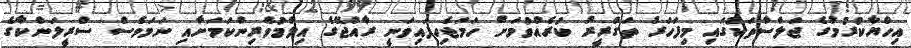
އިހްޔާކުރުމުގެ ޖަލްސާތަކުގައި މިފަހަރު ތަގްރީރު ކުރެއްވުމަށް ހަމަޖެހިފައިވަނީ ރާއްޖޭގެ އިލްމުވެރިންކަމަށާއި ނަމަވެސް ސްރީލަންކާގެ